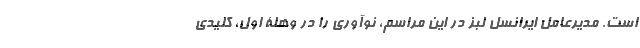
است. مدیرعامل ایرانسل لبز در این مراسم، نوآوری را در وهلۀ اول، کلیدی